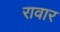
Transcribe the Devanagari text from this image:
रावार